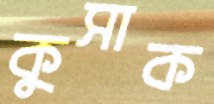
কুসাক